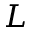
L